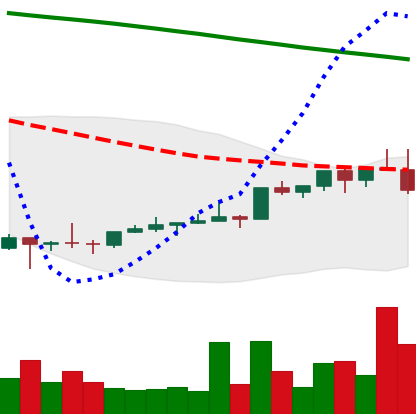
Ticker: NEO-USD
Chart end date: 2022-02-11
Forward return: 15.717%
Label: up_7plus